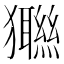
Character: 𤣆